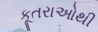
કૂતરાઓથી